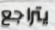
يتراجع